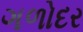
ગળોદર